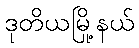
ဒုတိယမြို့နယ်